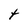
Character: t